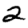
Digit: 2